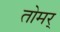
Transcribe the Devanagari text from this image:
तोमर्